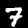
Label: 7